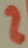
Text: 2